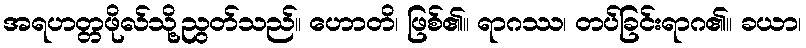
အရဟတ္တဖိုလ်သို့ညွတ်သည်။ ဟောတိ၊ ဖြစ်၏။ ရာဂဿ၊ တပ်ခြင်းရာဂ၏။ ခယာ၊